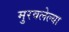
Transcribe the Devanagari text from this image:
मुरवलेल्या